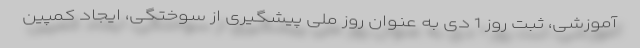
آموزشی، ثبت روز 1 دی به ‌عنوان روز ملی پیشگیری از سوختگی، ایجاد کمپین‌